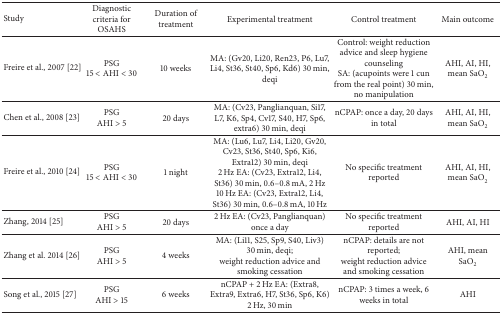
<table><thead><tr><td><b>Study</b></td><td><b>Diagnostic criteria for OSAHS</b></td><td><b>Duration of treatment</b></td><td><b>Experimental treatment</b></td><td><b>Control treatment</b></td><td><b>Main outcome</b></td></tr></thead><tbody><tr><td>Freire et al., 2007 [22]</td><td>PSG15 &lt; AHI &lt; 30</td><td>10 weeks</td><td>MA: (Gv20, Li20, Ren23, P6, Lu7, Li4, St36, St40, Sp6, Kd6) 30 min, deqi</td><td>Control: weight reduction advice and sleep hygiene counselingSA: (acupoints were 1 cun from the real point) 30 min, no manipulation</td><td>AHI, AI, HI, mean SaO<sub>2</sub></td></tr><tr><td>Chen et al., 2008 [23]</td><td>PSGAHI &gt; 5</td><td>20 days</td><td>MA: (Cv23, Panglianquan, Si17, L7, K6, Sp4, Cv17, S40, H7, Sp6, extra6) 30 min, deqi</td><td>nCPAP: once a day, 20 days in total</td><td>AHI, AI, HI, mean SaO<sub>2</sub></td></tr><tr><td>Freire et al., 2010 [24]</td><td>PSG15 &lt; AHI &lt; 30</td><td>1 night</td><td>MA: (Lu6, Lu7, Li4, Li20, Gv20, Cv23, St36, St40, Sp6, Ki6, Extra12) 30 min, deqi2 Hz EA: (Cv23, Extra12, Li4, St36) 30 min, 0.6–0.8 mA, 2 Hz10 Hz EA: (Cv23, Extra12, Li4, St36) 30 min, 0.6–0.8 mA, 10 Hz</td><td>No specific treatment reported</td><td>AHI, AI, HI, mean SaO<sub>2</sub></td></tr><tr><td>Zhang, 2014 [25]</td><td>PSGAHI &gt; 5</td><td>20 days</td><td>2 Hz EA: (Cv23, Panglianquan) once a day</td><td>No specific treatment reported</td><td>AHI, AI, HI</td></tr><tr><td>Zhang et al. 2014 [26]</td><td>PSGAHI &gt; 5</td><td>4 weeks</td><td>MA: (Li11, S25, Sp9, S40, Liv3) 30 min, deqi;weight reduction advice and smoking cessation</td><td>nCPAP: details are not reported;weight reduction advice and smoking cessation</td><td>AHI, mean SaO<sub>2</sub></td></tr><tr><td>Song et al., 2015 [27]</td><td>PSGAHI &gt; 15</td><td>6 weeks</td><td>nCPAP + 2 Hz EA: (Extra8, Extra9, Extra6, H7, St36, Sp6, K6) 2 Hz, 30 min</td><td>nCPAP: 3 times a week, 6 weeks in total</td><td>AHI</td></tr></tbody></table>